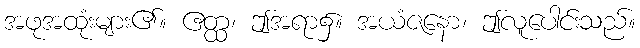
အဖုအထုံးများ၏။ ဧတ္ထ၊ ဤအရာ၌။ အယံဇနော၊ ဤလူပေါင်းသည်။